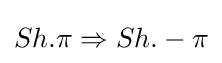
Sh.\pi \Rightarrow Sh.-\pi